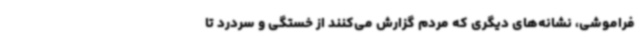
فراموشی، نشانه‌های دیگری که مردم گزارش می‌کنند از خستگی و سردرد تا